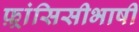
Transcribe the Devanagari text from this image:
फ़्रांसिसीभाषी